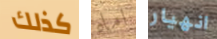
كذلك اماه انهيار